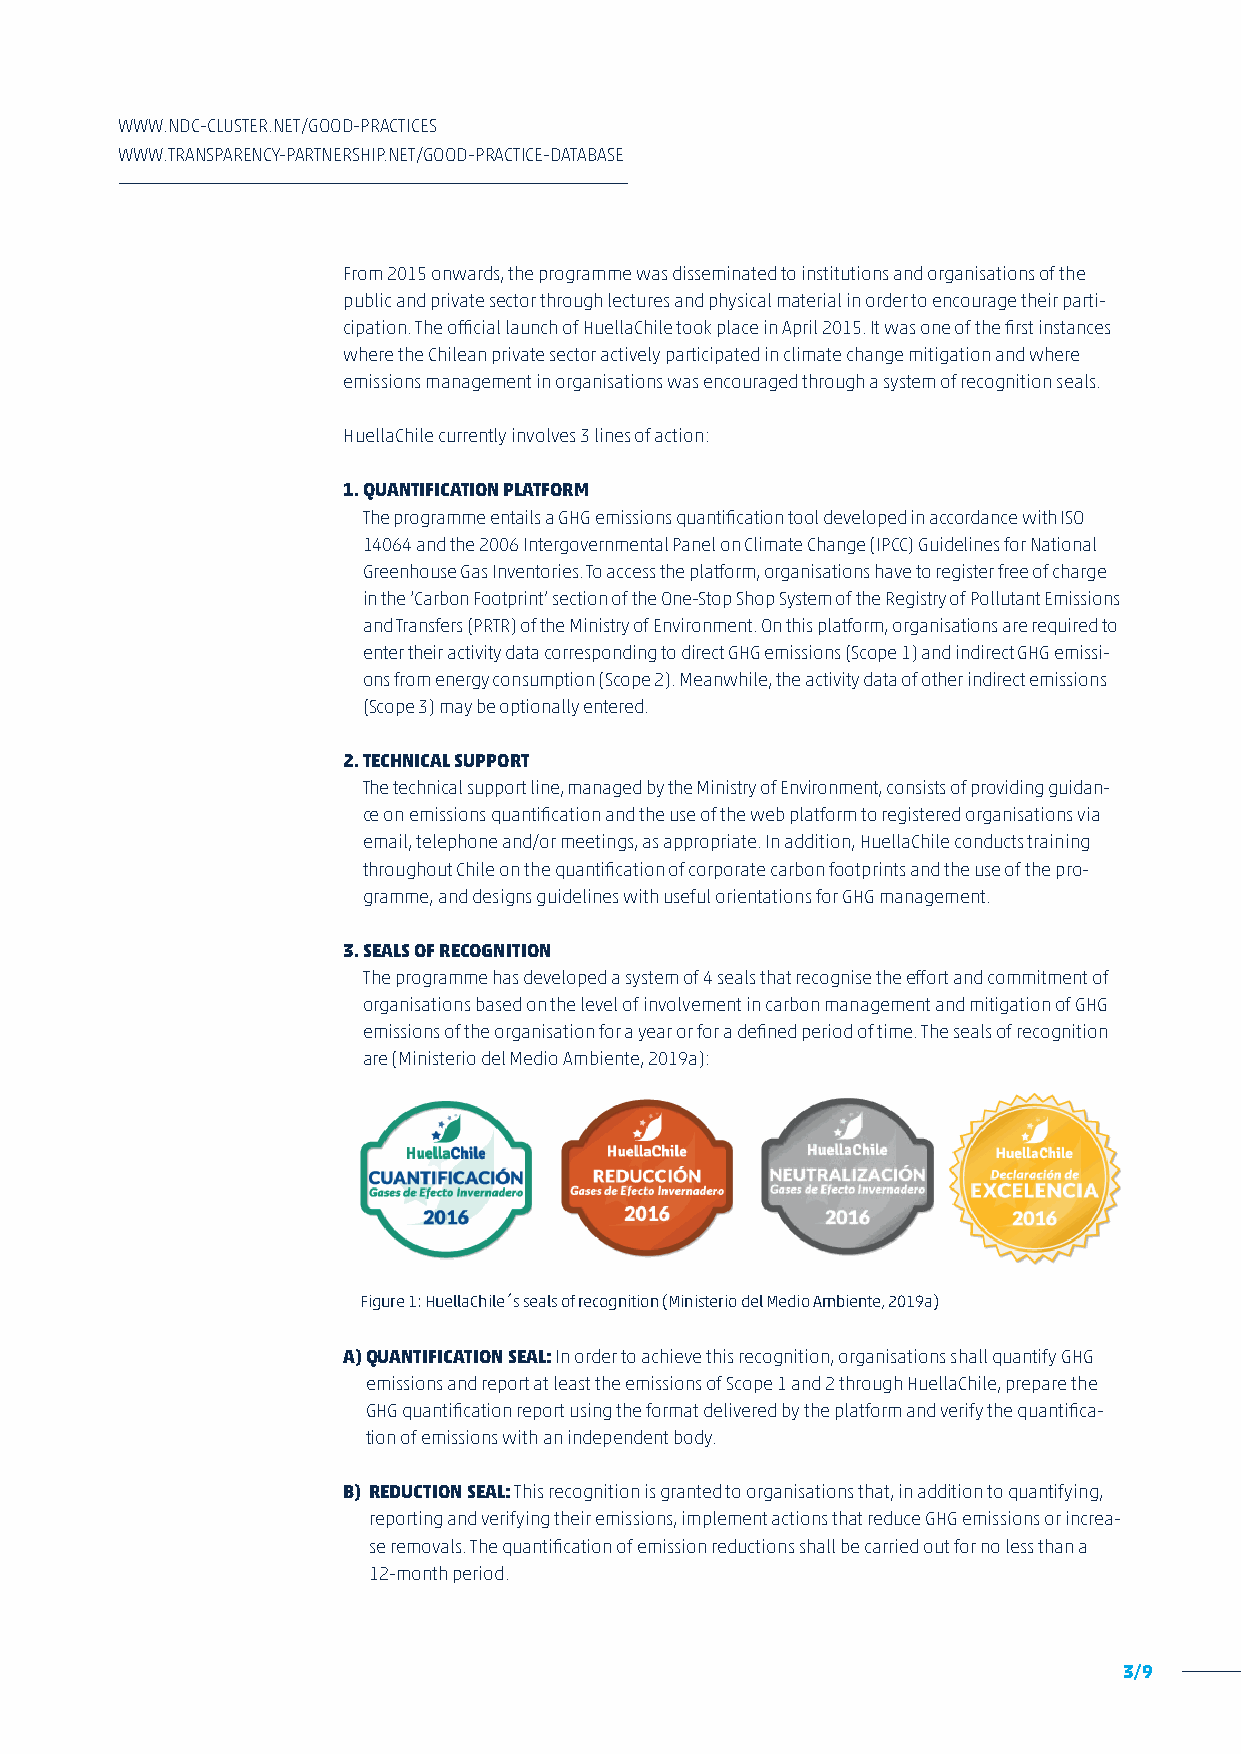
WWW.NDC-CLUSTER.NET/GOOD-PRACTICES
 WWW.TRANSPARENCY-PARTNERSHIP.NET/GOOD-PRACTICE-DATABASE
 F rom 2015 onwards, the programme was disseminated to institutions and organisations of the
 public and private sector through lectures and physical material in order to encourage their parti-
 cipation. The official launch of HuellaChile took place in April 2015. It was one of the first instances
 where the Chilean private sector actively participated in climate change mitigation and where
 emissions management in organisations was encouraged through a system of recognition seals.
 HuellaChile currently involves 3 lines of action:
 1. Q UANTIFICATION PLATFORM
 The programme entails a GHG emissions quantification tool developed in accordance with ISO
 14064 and the 2006 Intergovernmental Panel on Climate Change (IPCC) Guidelines for National
 Greenhouse Gas Inventories. To access the platform, organisations have to register free of charge
 in the ‘Carbon Footprint’ section of the One-Stop Shop System of the Registry of Pollutant Emissions
 and Transfers (PRTR) of the Ministry of Environment. On this platform, organisations are required to
 enter their activity data corresponding to direct GHG emissions (Scope 1) and indirect GHG emissi-
 ons from energy consumption (Scope 2). Meanwhile, the activity data of other indirect emissions
 (Scope 3) may be optionally entered.
 2. TECHNICAL SUPPORT
 The technical support line, managed by the Ministry of Environment, consists of providing guidan-
 ce on emissions quantification and the use of the web platform to registered organisations via
 email, telephone and/or meetings, as appropriate. In addition, HuellaChile conducts training
 throughout Chile on the quantification of corporate carbon footprints and the use of the pro-
 gramme, and designs guidelines with useful orientations for GHG management.
 3. S EALS OF RECOGNITION
 The programme has developed a system of 4 seals that recognise the effort and commitment of
 organisations based on the level of involvement in carbon management and mitigation of GHG
 emissions of the organisation for a year or for a defined period of time. The seals of recognition
 are (Ministerio del Medio Ambiente, 2019a):
 Figure 1: HuellaChile´s seals of recognition (Ministerio del Medio Ambiente, 2019a)
 A) QUANTIFICATION SEAL: In order to achieve this recognition, organisations shall quantify GHG
 emissions and report at least the emissions of Scope 1 and 2 through HuellaChile, prepare the
 GHG quantification report using the format delivered by the platform and verify the quantifica-
 tion of emissions with an independent body.
 B) REDUCTION SEAL: This recognition is granted to organisations that, in addition to quantifying,
 reporting and verifying their emissions, implement actions that reduce GHG emissions or increa-
 se removals. The quantification of emission reductions shall be carried out for no less than a
 12-month period.
 3/9